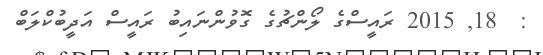
:  18